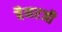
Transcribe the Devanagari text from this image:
बैनरजी